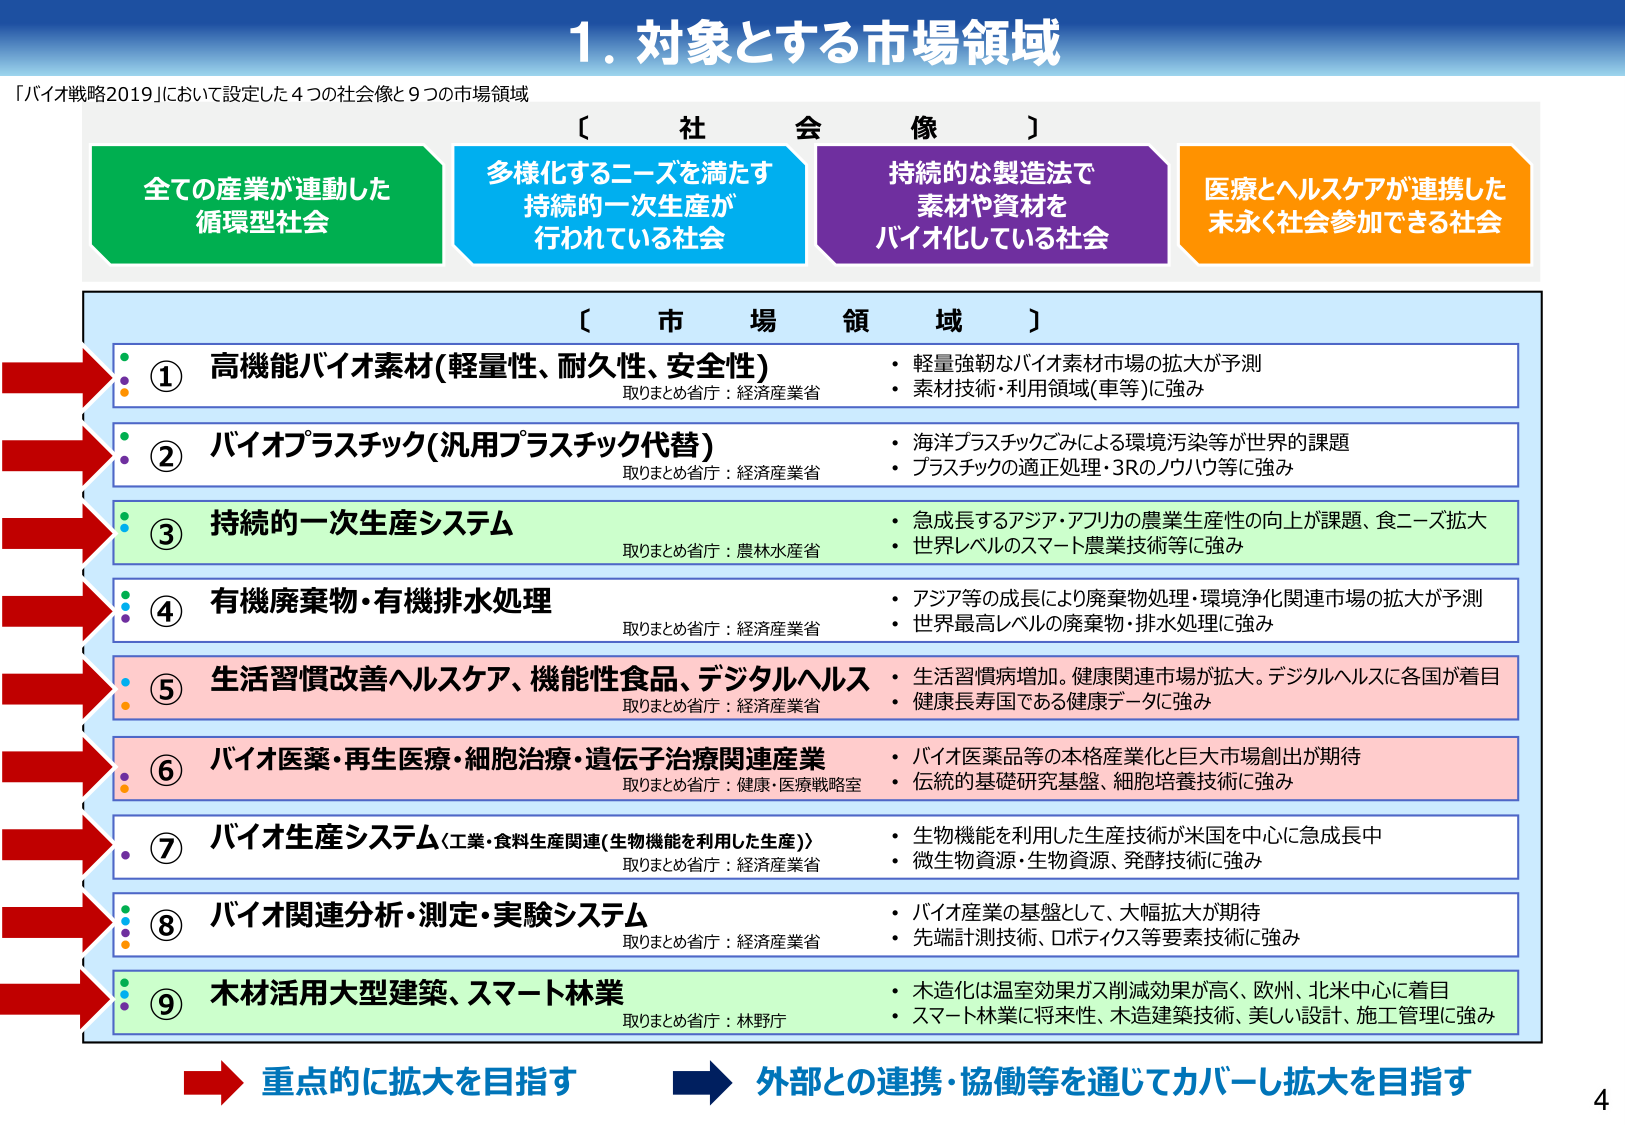
1. 対象とする市場領域

「バイオ戦略2019」において設定した4つの社会像と9つの市場領域

〔 社 会 像 〕

全ての産業が連動した
循環型社会

多様化するニーズを満たす
持続的一次生産が
行われている社会

持続的な製造法で
素材や資材を
バイオ化している社会

医療とヘルスケアが連携した
末永く社会参加できる社会

〔 市 場 領 域 〕

① 高機能バイオ素材（軽量性、耐久性、安全性）
取りまとめ省庁：経済産業省
・軽量強靭なバイオ素材市場の拡大が予測
・素材技術・利用領域（車等）に強み

② バイオプラスチック（汎用プラスチック代替）
取りまとめ省庁：経済産業省
・海洋プラスチックごみによる環境汚染等が世界的課題
・プラスチックの適正処理・3Rのノウハウ等に強み

③ 持続的一次生産システム
取りまとめ省庁：農林水産省
・急成長するアジア・アフリカの農業生産性の向上が課題、食ニーズ拡大
・世界レベルのスマート農業技術等に強み

④ 有機廃棄物・有機排水処理
取りまとめ省庁：経済産業省
・アジア等の成長により廃棄物処理・環境浄化関連市場の拡大が予測
・世界最高レベルの廃棄物・排水処理に強み

⑤ 生活習慣改善ヘルスケア、機能性食品、デジタルヘルス
取りまとめ省庁：経済産業省
・生活習慣病増加。健康関連市場が拡大。デジタルヘルスに各国が着目
・健康長寿国である健康データに強み

⑥ バイオ医薬・再生医療・細胞治療・遺伝子治療関連産業
取りまとめ省庁：健康・医療戦略室
・バイオ医薬品等の本格産業化と巨大市場創出が期待
・伝統的基礎研究基盤、細胞培養技術に強み

⑦ バイオ生産システム（工業・食料生産関連（生物機能を利用した生産））
取りまとめ省庁：経済産業省
・生物機能を利用した生産技術が米国を中心に急成長中
・微生物資源・生物資源、発酵技術に強み

⑧ バイオ関連分析・測定・実験システム
取りまとめ省庁：経済産業省
・バイオ産業の基盤として、大幅拡大が期待
・先端計測技術、ロボティクス等要素技術に強み

⑨ 木材活用大型建築、スマート林業
取りまとめ省庁：林野庁
・木造化は温室効果ガス削減効果が高く、欧州、北米中心に着目
・スマート林業に将来性、木造建築技術、美しい設計、施工管理に強み

→ 重点的に拡大を目指す
→ 外部との連携・協働等を通じてカバーし拡大を目指す

4